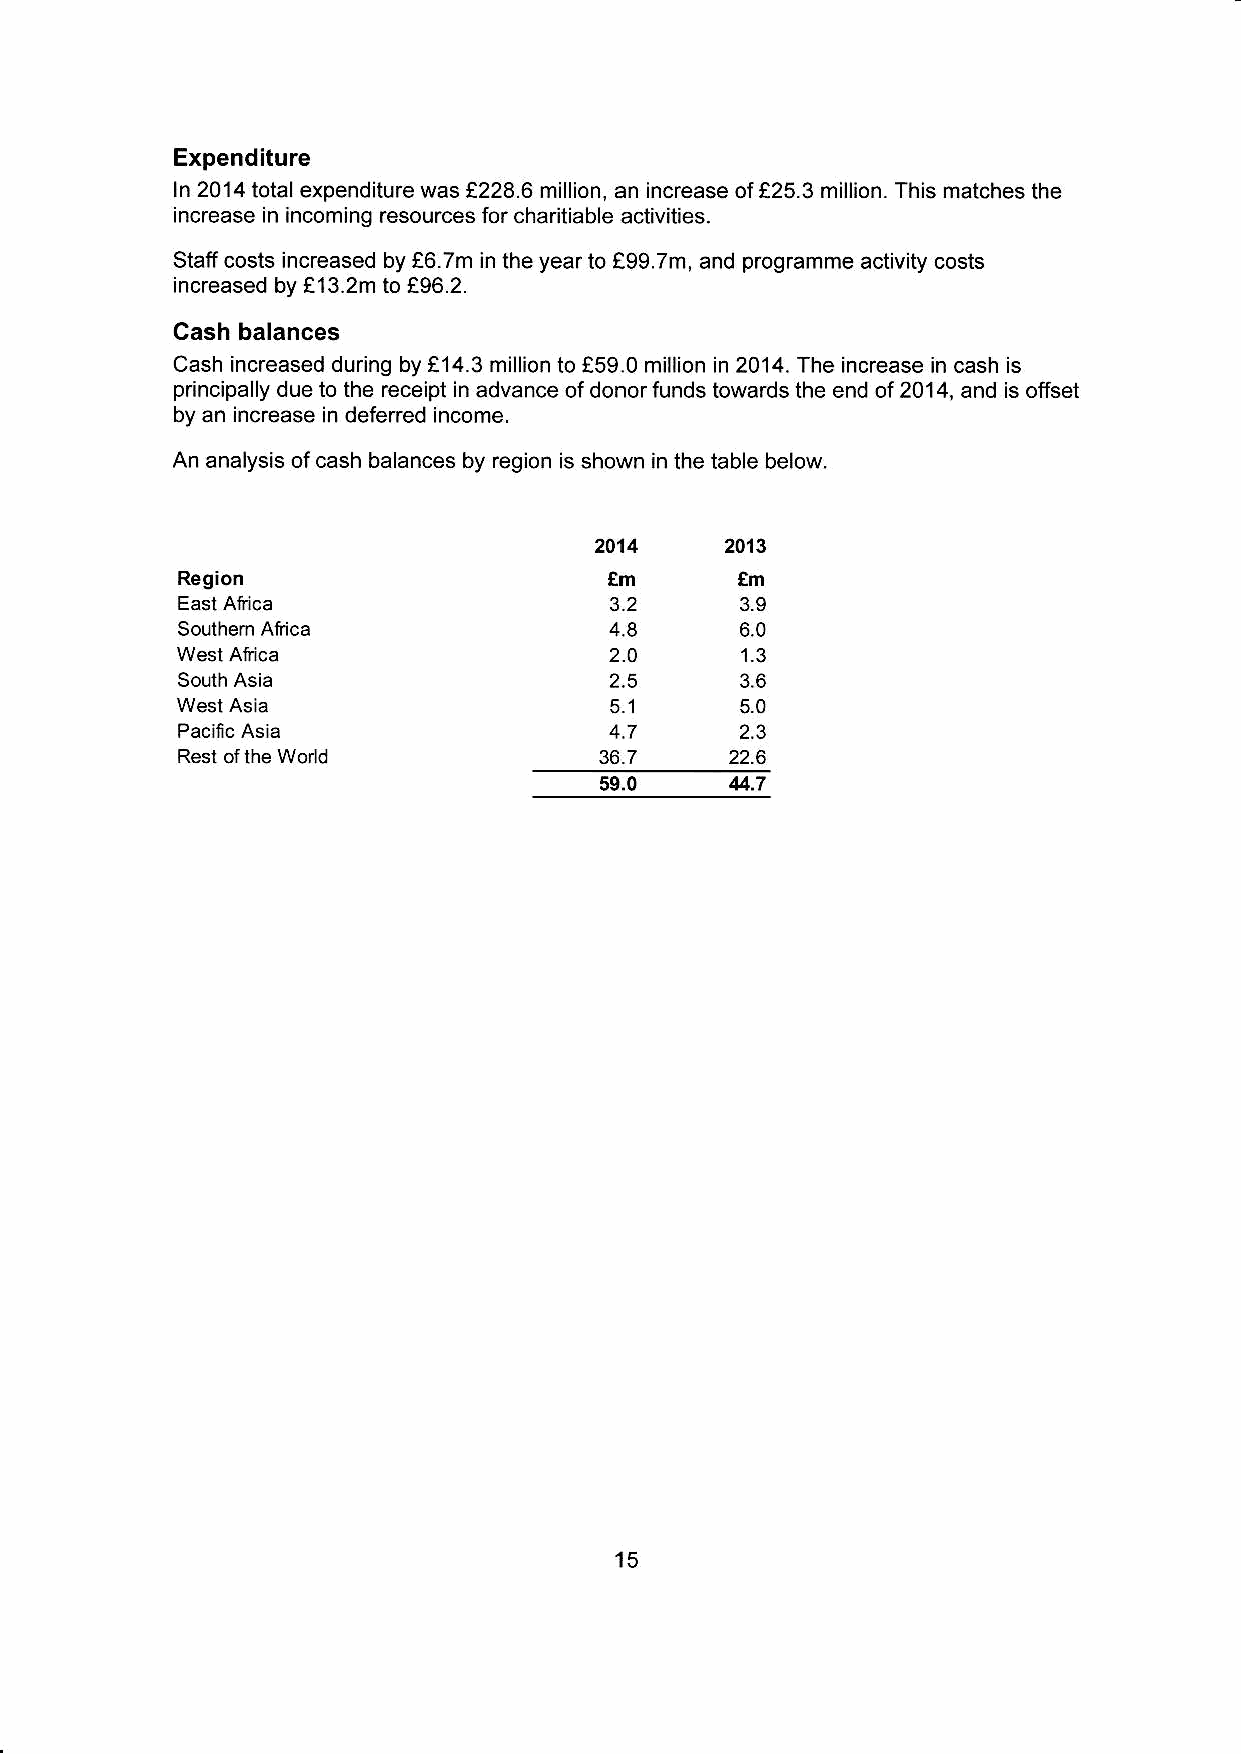
Expenditure
 ln 2014 total expenditure was €228.6 million, an increase of f25.3 million. This matches the
 increase in incoming resources for charitiable activities.
 Stalf costs increased by !6.7m in the year to e99.7m, and programme activity costs
 increased by !13.2m to !96.2.
 Cash balances
 Cash increased during by €14.3 million to !59.0 million in 2014. The increase in cash is
 principally due to the receipt in advance of donor funds towards the end of 2014, and is offset
 by an increase in defened income.
 An analysis of cash balances by region is shown in the table below.
 2014     2013
 Region                      em       em
 East Africa                 3.2      3.9
 Southem Africa              4.8      6.0
 2.O      1.3
 South Asia                  2.5
 5.1      5.0
 Pacific Asia                4.7      2.3
 Rest ofthe Worid            36.7    22.6
 4.7
 59.0
 15